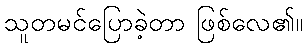
သူတမင်ပြောခဲ့တာ ဖြစ်လေ၏။